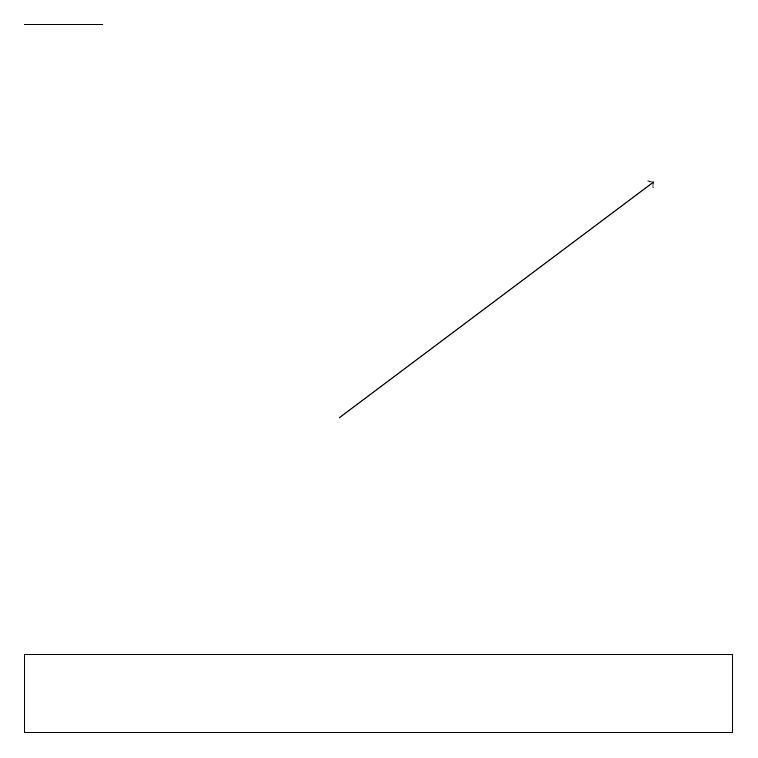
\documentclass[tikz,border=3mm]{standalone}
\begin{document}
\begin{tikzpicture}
\draw (1,19) rectangle (0,19);
\draw (9,10) rectangle (0,11);
\draw[->] (4,14) -- (8,17);
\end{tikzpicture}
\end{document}